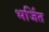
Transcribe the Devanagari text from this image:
भर्जित